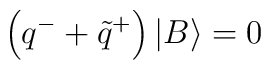
\left( q^{-}+\tilde{q}^{+}\right) \left| B\right\rangle =0